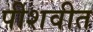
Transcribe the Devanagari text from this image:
पीशवीत